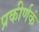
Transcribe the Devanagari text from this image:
प्रकीर्णकं